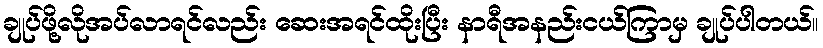
ချုပ်ဖို့လိုအပ်လာရင်လည်း ဆေးအရင်ထိုးပြီး နာရီအနည်းငယ်ကြာမှ ချုပ်ပါတယ်။